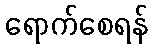
ရောက်စေရန်